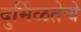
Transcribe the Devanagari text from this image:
दुर्मिळतेचे